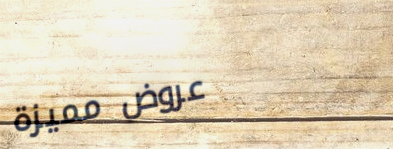
عروض مميزة